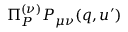
\Pi _ { P } ^ { ( \nu ) } P _ { \mu \nu } ( q , u ^ { \prime } )